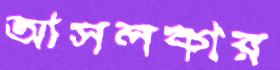
আসলকার